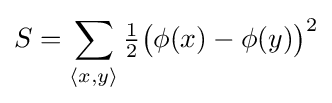
S=\sum _{\langle x,y\rangle }{\tfrac {1}{2}}{\big (}\phi (x)-\phi (y){\big )}^{2}